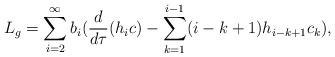
LaTeX: \begin{align*}L_{g}=\sum_{i=2}^{\infty} b_{i}(\frac{d}{d \tau}(h_{i}c)-\sum_{k=1}^{i-1}(i-k+1) h_{i-k+1} c_{k}),\end{align*}